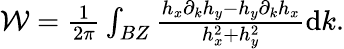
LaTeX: \begin{array}{r}{\mathcal{W}=\frac{1}{2\pi}\int_{BZ}\frac{h_{x}\partial_{k}h_{y}-h_{y}\partial_{k}h_{x}}{h_{x}^{2}+h_{y}^{2}}\mathrm{d}k.}\end{array}